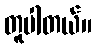
တူပါတယ်။